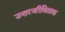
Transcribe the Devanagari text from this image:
उत्तरजीविताक